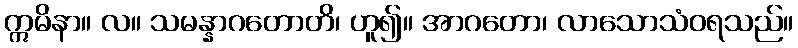
ဣမိနာ။ လ။ သမန္နာဂတောတိ၊ ဟူ၍။ အာဂတော၊ လာသောသံဝရသည်။